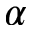
\alpha